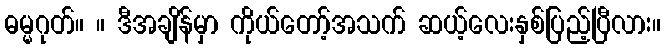
ဓမ္မဂုတ်။ ။ ဒီအချိန်မှာ ကိုယ်တော့်အသက် ဆယ့်လေးနှစ်ပြည့်ပြီလား။